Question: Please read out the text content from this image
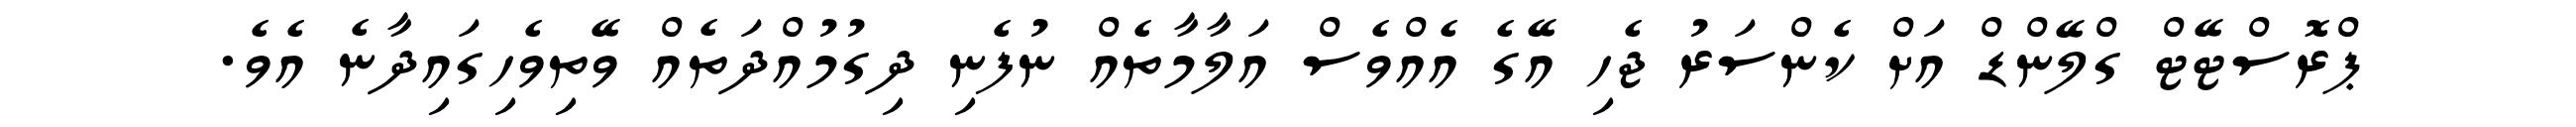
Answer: ޕްރޮސްޓޭޓް ގްލޭންޑް އަށް ކެންސަރު ޖެހި އޭގެ އެއްވެސް އަލާމާތެއް ނުފެނި ދިގުމުއްދަތެއް ވޭތިވެހިގައިދާނެ އެވެ.